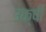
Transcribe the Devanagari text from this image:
उक्षी